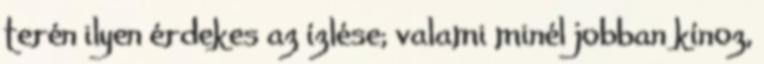
terén ilyen érdekes az ízlése; valami minél jobban kínoz,